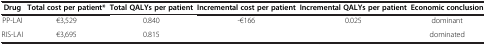
<table><thead><tr><td><b>Drug</b></td><td><b>Total cost per patient*</b></td><td><b>Total QALYs per patient</b></td><td><b>Incremental cost per patient</b></td><td><b>Incremental QALYs per patient</b></td><td><b>Economic conclusion</b></td></tr></thead><tbody><tr><td>PP-LAI</td><td>€3,529</td><td>0.840</td><td>-€166</td><td>0.025</td><td>dominant</td></tr><tr><td>RIS-LAI</td><td>€3,695</td><td>0.815</td><td> </td><td> </td><td>dominated</td></tr></tbody></table>